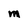
Character: M